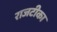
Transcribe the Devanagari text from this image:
राजटीका